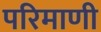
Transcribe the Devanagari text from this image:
परिमाणी